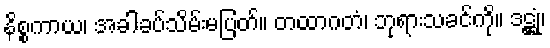
နိစ္စကာယ၊ အခါခပ်သိမ်းမပြတ်။ တထာဂတံ၊ ဘုရားသခင်ကို။ ဒဋ္ဌုံ၊